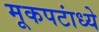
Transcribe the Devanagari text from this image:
मूकपटांध्ये